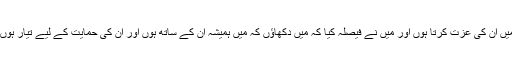
میں اْن کی عزت کرتا ہوں اور میں نے فیصلہ کیا کہ میں دکھاؤں کہ میں ہمیشہ اْن کے ساتھ ہوں اور اْن کی حمایت کے لیے تیار ہوں۔